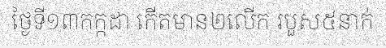
ថ្ងៃទី១៣កក្កដា កើតមាន២លើក របួស៥នាក់